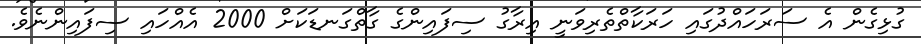
ގުޅިގެން އެ ސަރަހައްދުގައި ހަރަކާތްތެރިވަނީ އިރާގު ސިފައިންގެ ގާތްގަނޑަކަށް 2000 އެއްހައި ސިފައިންނެވެ.